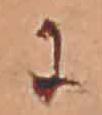
に